Vaccination in Burma 1900-1911 - 1900-1911
Year: 1900
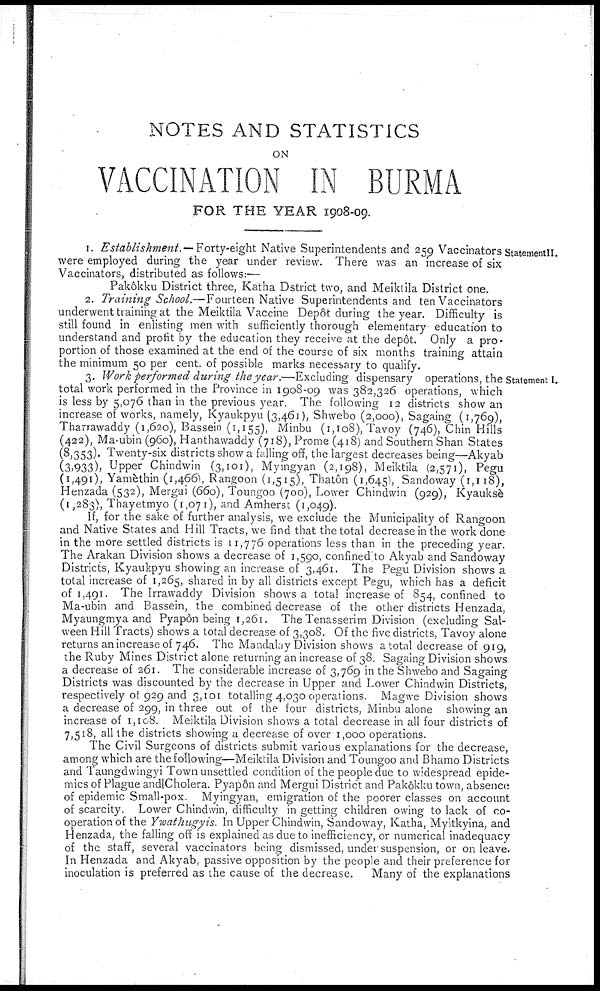
NOTES AND STATISTICS
ON
VACCINATION IN BURMA
FOR THE YEAR 1908-09.
StatementII.
1. Establishment. — Forty-eight Native Superintendents and 259 Vaccinators
were employed during the year under review. There was an increase of six
Vaccinators, distributed as follows:—
Pakôkku District three, Katha Dstrict two, and Meiktila District one.
2. Training School.—Fourteen Native Superintendents and ten Vaccinators
underwent training at the Meiktila Vaccine Depôt during the year. Difficulty is
still found in enlisting men with sufficiently thorough elementary education to
understand and profit by the education they receive at the depôt. Only a pro-
portion of those examined at the end of the course of six months training attain
the minimum 50 per cent. of possible marks necessary to qualify.
Statement I.
3. Work performed during the year.—Excluding dispensary operations, the s
total work performed in the Province in 1908-09 was 382,326 operations, which
is less by 5,076 than in the previous year. The following 12 districts show an
increase of works, namely, Kyaukpyu (3,461), Shwebo (2,000), Sagaing (1,769),
Tharrawaddy (1,620), Bassein (1,155), Minbu (1,108), Tavoy (746), Chin Hills
(422), Ma-ubin (960), Hanthawaddy (718), Prome (418) and Southern Shan States
(8,353). Twenty-six districts show a falling off, the largest decreases being—Akyab
(3,933), Upper Chindwin (3,101), Myingyan (2,198), Meiktila (2,571), Pegu
(1,491), Yamèthin (1,466), Rangoon (1,515), Thatôn (1,645), Sandoway (1,118),
Henzada (532), Mergui (660), Toungoo (700), Lower Chindwin (929), Kyauksè
(1,283), Thayetmyo (1,071), and Amherst (1,049).
If, for the sake of further analysis, we exclude the Municipality of Rangoon
and Native States and Hill Tracts, we find that the total decrease in the work done
in the more settled districts is 11,776 operations less than in the preceding year.
The Arakan Division shows a decrease of 1,590, confined to Akyab and Sandoway
Districts, Kyaukpyu showing an increase of 3,461. The Pegu Division shows a
total increase of 1,265, shared in by all districts except Pegu, which has a deficit
of 1,491. The Irrawaddy Division shows a total increase of 854, confined to
Ma-ubin and Bassein, the combined decrease of the other districts Henzada,
Myaungmya and Pyapôn being 1,261. The Tenasserim Division (excluding Sal-
ween Hill Tracts) shows a total decrease of 3,308. Of the five districts, Tavoy alone
returns an increase of 746. The Mandalay Division shows a total decrease of 919,
the Ruby Mines District alone returning an increase of 38. Sagaing Division shows
a decrease of 261. The considerable increase of 3,769 in the Shwebo and Sagaing
Districts was discounted by the decrease in Upper and Lower Chindwin Districts,
respectively of 929 and 3,101 totalling 4,030 operations. Magwe Division shows
a decrease of 299, in three out of the four districts, Minbu alone showing an
increase of 1,108. Meiktila Division shows a total decrease in all four districts of
7,518, all the districts showing a decrease of over 1,000 operations.
The Civil Surgeons of districts submit various explanations for the decrease,
among which are the following—Meiktila Division and Toungoo and Bhamo Districts
and Taungdwingyi Town unsettled condition of the people due to widespread epide-
mics of Plague and Cholera. Pyapôn and Mergui District and Pakôkku town, absence
of epidemic Small-pox. Myingyan, emigration of the poorer classes on account
of scarcity. Lower Chindwin, difficulty in getting children owing to lack of co-
operation of the Ywathugyis. In Upper Chindwin, Sandoway, Katha, Myitkyina, and
Henzada, the falling off is explained as due to inefficiency, or numerical inadequacy
of the staff, several vaccinators being dismissed, under suspension, or on leave.
In Henzada and Akyab, passive opposition by the people and their preference for
inoculation is preferred as the cause of the decrease.
Many of the explanations